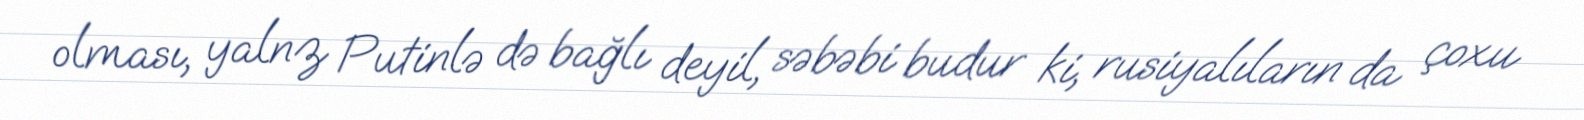
olması, yalnz Putinlə də bağlı deyil, səbəbi budur ki, rusiyalıların da çoxu